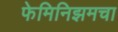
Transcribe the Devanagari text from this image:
फेमिनिझमचा